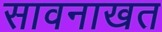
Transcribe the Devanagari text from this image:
सावनाखत